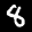
Label: 8